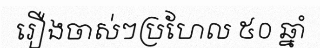
រឿងចាស់ៗប្រហែល ៥០ ឆ្នាំ